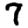
Digit: 7